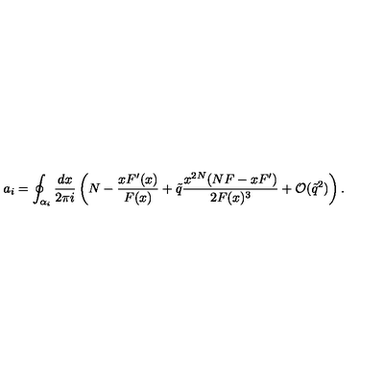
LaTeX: a _ { i } = \oint _ { \alpha _ { i } } \frac { d x } { 2 \pi i } \left( N - \frac { x F ^ { \prime } ( x ) } { F ( x ) } + \tilde { q } \frac { x ^ { 2 N } ( N F - x F ^ { \prime } ) } { 2 F ( x ) ^ { 3 } } + \mathcal { O } ( \tilde { q } ^ { 2 } ) \right) .